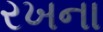
રખના